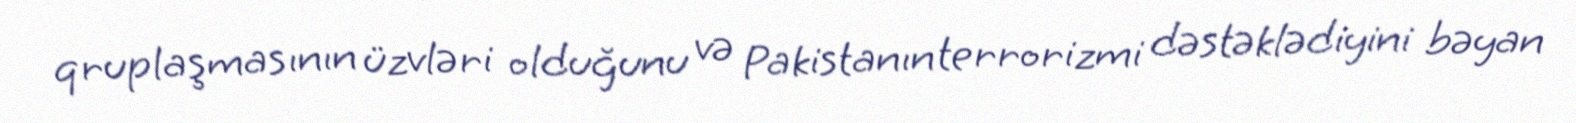
qruplaşmasının üzvləri olduğunu və Pakistanın terrorizmi dəstəklədiyini bəyan